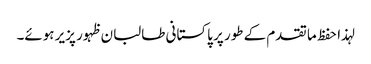
لہذا حفظ ما تقدم کے طور پر پاکستانی طالبان ظہور پزیر ہوئے۔